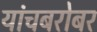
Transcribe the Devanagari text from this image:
यांचबरोबर